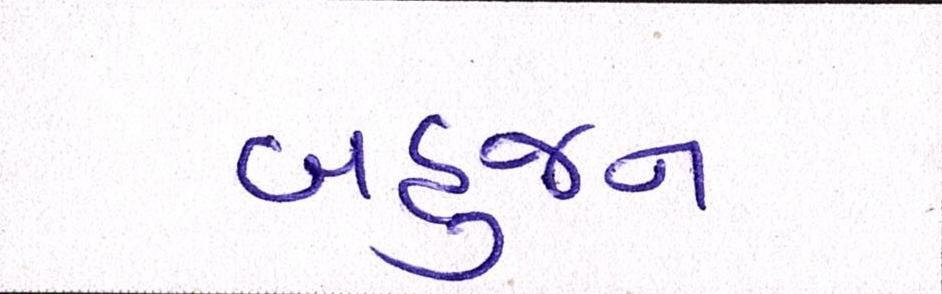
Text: બહુજન